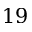
1 9